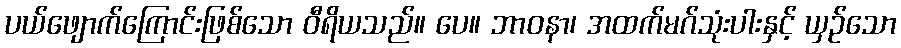
ပယ်ဖျောက်ကြောင်းဖြစ်သော ဝီရိယသည်။ ပေ။ ဘာဝနာ၊ အထက်မဂ်သုံးပါးနှင့် ယှဉ်သော